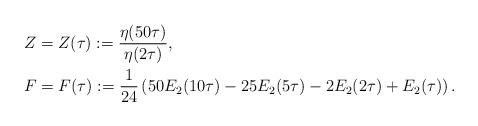
LaTeX: \begin{align*}&Z=Z(\tau):=\frac{\eta(50\tau)}{\eta(2\tau)}, \\&F=F(\tau):=\frac{1}{24}\left(50E_2(10\tau)-25E_2(5\tau)-2E_2(2\tau)+E_2(\tau) \right).\end{align*}